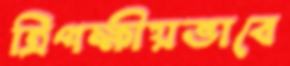
ত্রিপক্ষীয়ভাবে